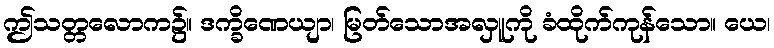
ဤသတ္တလောက၌။ ဒက္ခိဏေယျာ၊ မြတ်သောအလှူကို ခံထိုက်ကုန်သော။ ယေ၊